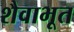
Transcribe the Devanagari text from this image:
शैवाभूत